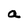
Character: a